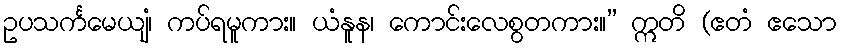
ဥပသင်္ကမေယျံ၊ ကပ်ရမူကား။ ယံနူန၊ ကောင်းလေစွတကား။” ဣတိ (ဧတံ ဧသော